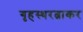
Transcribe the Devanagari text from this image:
गृहस्थरत्नाकर